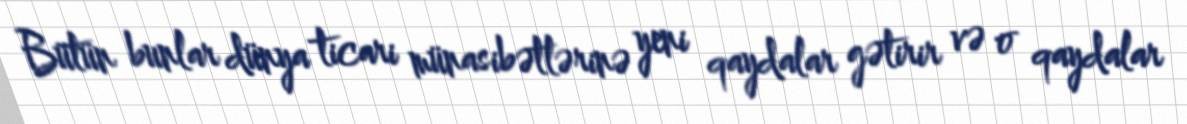
Bütün bunlar dünya ticari münasibətlərinə yeni qaydalar gətirir və o qaydalar